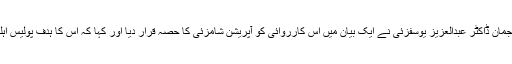
تنظیم کے ترجمان ڈاکٹر عبدالعزیز یوسفزئی نے ایک بیان میں اس کارروائی کو آپریشن شامزئی کا حصہ قرار دیا اور کہا کہ اس کا ہدف پولیس اہلکار ہی تھے۔